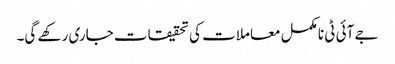
جے آئی ٹی نامکمل معاملات کی تحقیقات جاری رکھے گی۔